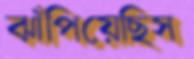
ঝাঁপিয়েছিস